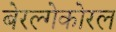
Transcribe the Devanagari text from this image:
बेरल्गेकोरल